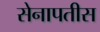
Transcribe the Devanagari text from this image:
सेनापतीस